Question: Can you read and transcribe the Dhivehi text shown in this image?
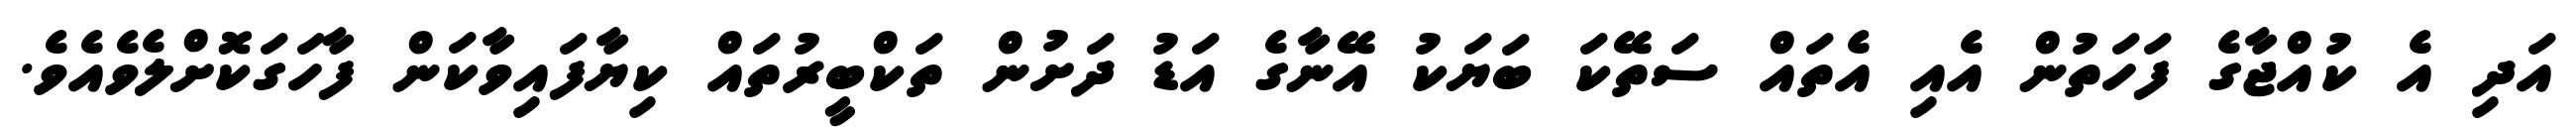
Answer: އަދި އެ ކުއްޖާގެ ފަހަތުން އެއި އެތައް ސަތޭކަ ބަޔަކު އޭނާގެ އަޑު ދަށުން ތަކްބީރުތައް ކިޔާފައިވާކަން ފާހަގަކޮށްލެވެއެވެ.